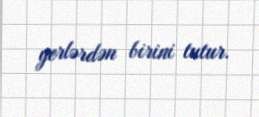
yerlərdən birini tutur.